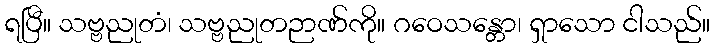
ရပြီ။ သဗ္ဗညုတံ၊ သဗ္ဗညုတဉာဏ်ကို။ ဂဝေသန္တော၊ ရှာသော ငါသည်။